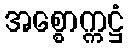
အစ္စောက္ကဋ္ဌံ